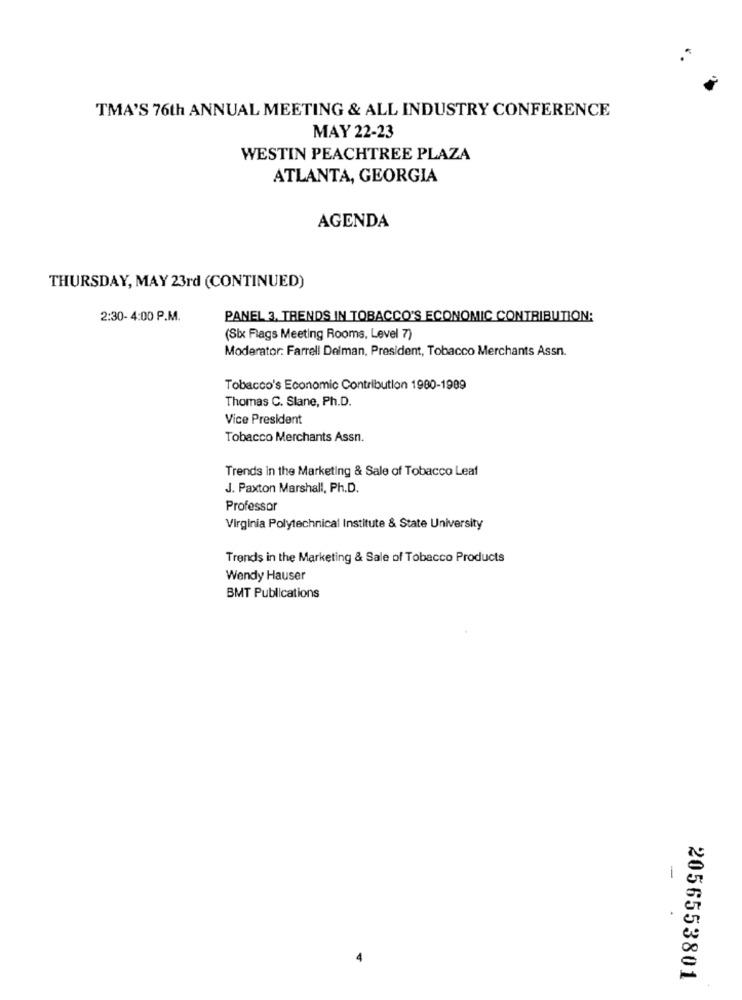
TMA'S 76th ANNUAL MEETING & ALL INDUSTRY CONFERENCE
MAY 22-23
WESTIN PEACHTREE PLAZA
ATLANTA, GEORGIA
AGENDA
THURSDAY, MAY 23rd (CONTINUED)
2:30- 4:00 P.M.
PANEL 3, TRENDS IN TOBACCO'S ECONOMIC CONTRIBUTION:
(Six Flags Meeting Rooms, Level 7)
Moderator: Farrell Delman, President, Tobacco Merchants Assn.
Tobacco's Economic Contribution 1980-1989
Thomas C. Slane, Ph.D.
Vice President
Tobacco Merchants Assn.
Trends in the Marketing & Sale of Tobacco Leaf
J. Paxton Marshall, Ph.D.
Professor
Virginia Polytechnical Institute & State University
Trends in the Marketing & Sale of Tobacco Products
Wendy Hauser
BMT Publications
-
2056553801